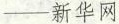
——新华网